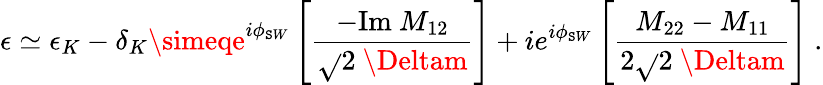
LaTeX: \epsilon\simeq\epsilon_{K}-\delta_{K}\simeqe^{i\phi_{\mathtt{S}W}}\left[\frac{{-\mathrm{{Im}}~M_{12}}}{{\sqrt{}{{2}}~\Deltam}}\right]+ie^{i\phi_{\mathtt{S}W}}\left[\frac{{M_{22}-M_{11}}}{{2\sqrt{}{{2}}~\Deltam}}\right]~.